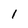
Character: 1